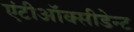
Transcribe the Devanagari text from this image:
एंटीऑक्सीडेन्ट